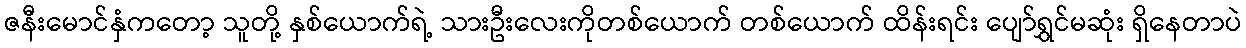
ဇနီးမောင်နှံကတော့ သူတို့ နှစ်ယောက်ရဲ့ သားဦးလေးကိုတစ်ယောက် တစ်ယောက် ထိန်းရင်း ပျော်ရွှင်မဆုံး ရှိနေတာပဲ